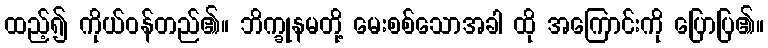
ထည့်၍ ကိုယ်ဝန်တည်၏။ ဘိက္ခုနမတို့ မေးစစ်သောအခါ ထို အကြောင်းကို ပြောပြ၏။